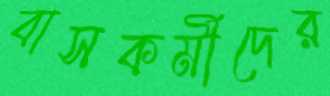
বাসকর্মীদের